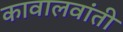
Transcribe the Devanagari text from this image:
कावालवांती